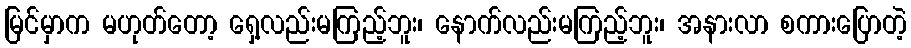
မြင်မှာက မဟုတ်တော့ ရှေ့လည်းမကြည့်ဘူး၊ နောက်လည်းမကြည့်ဘူး၊ အနားလာ စကားပြောတဲ့